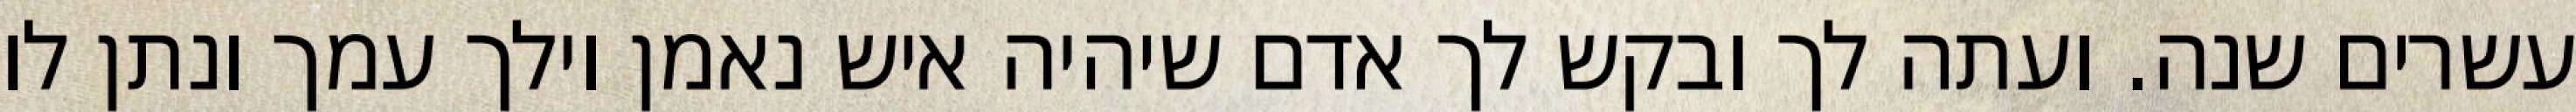
עשרים שנה. ועתה לך ובקש לך אדם שיהיה איש נאמן וילך עמך ונתן לו